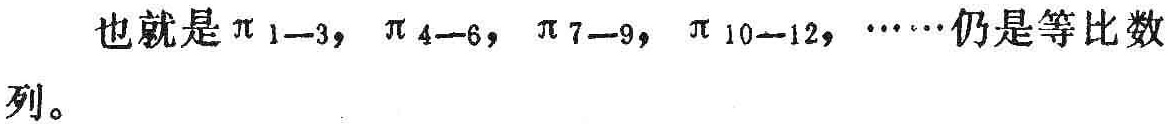
也就是$\pi_{1 - 3}, \pi_{4 - 6}, \pi_{7 - 9}, \pi_{10 - 12}, \cdots$仍是等比数列。